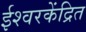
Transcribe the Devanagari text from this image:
ईश्वरकेंद्रित